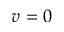
v = 0